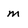
Character: m